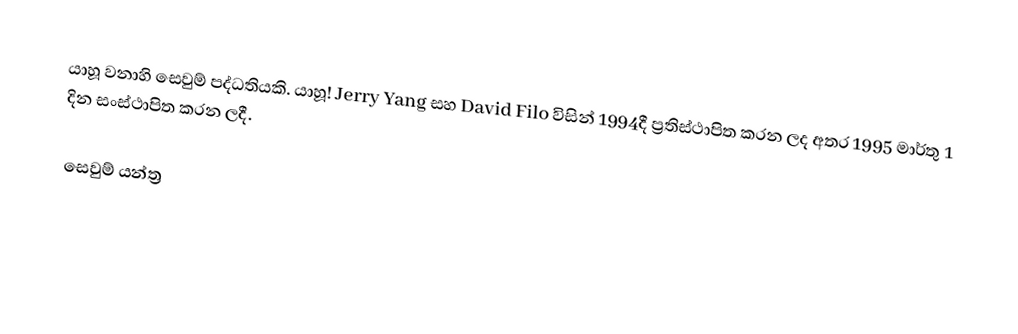
යාහූ වනාහි සෙවුම් පද්ධතියකි. යාහූ!  Jerry Yang සහ David Filo විසින් 1994දී ප්‍රතිස්ථාපිත කරන ලද අතර 1995 මාර්තු 1 දින සංස්ථාපිත කරන ලදී.

සෙවුම් යන්ත්‍ර